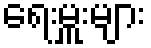
ရေးမှူးများ